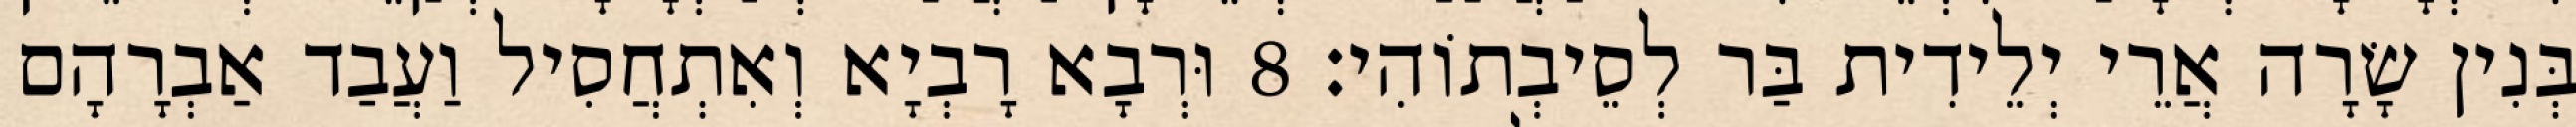
בְּנִין שָׂרָה אֲרֵי יְלֵידִית בַּר לְסֵיבְתוֹהִי׃ 8 וּרְבָא רָבְיָא וְאִתְחֲסִיל וַעֲבַד אַבְרָהָם